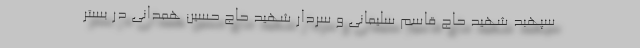
سپهبد شهید حاج قاسم سلیمانی و سردار شهید حاج حسین همدانی در بستر